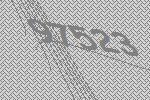
97523